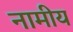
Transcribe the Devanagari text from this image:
नामीय